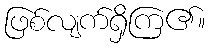
ဖြစ်လျက်ရှိကြ၏။